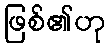
ဖြစ်၏ဟု